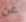
عن